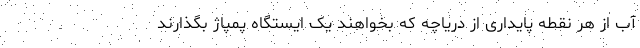
آب از هر نقطه پایداری از دریاچه که بخواهند یک ایستگاه پمپاژ بگذارند